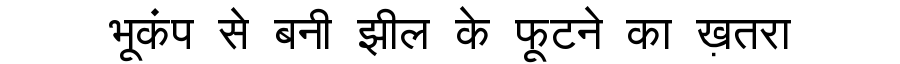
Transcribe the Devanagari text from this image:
भूकंप से बनी झील के फूटने का ख़तरा